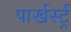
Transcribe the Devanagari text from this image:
पार्खर्स्ट्र